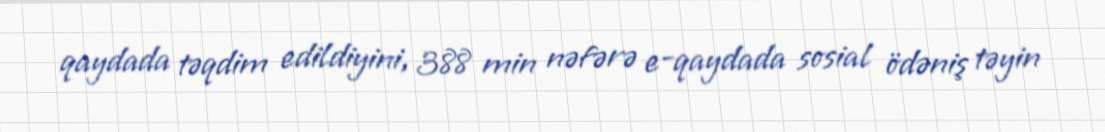
qaydada təqdim edildiyini, 388 min nəfərə e-qaydada sosial ödəniş təyin